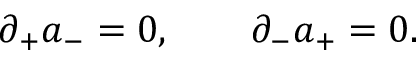
\partial _ { + } a _ { - } = 0 , \qquad \partial _ { - } a _ { + } = 0 .